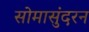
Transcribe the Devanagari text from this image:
सोमासुंदरन